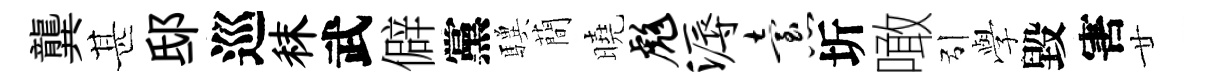
龔甚邸巡秣武僻黨驥蕳曉彪溽怠圻噉引𫝯毀害廿